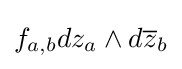
f_{a,b}dz_{a}\wedge d{\overline {z}}_{b}